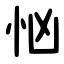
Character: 忷